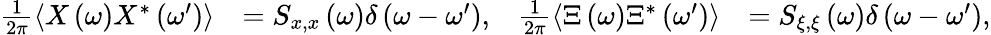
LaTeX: \begin{array}{rlrl}{\frac{1}{2\pi}\left\langle X\left(\omega\right)X^{*}\left(\omega^{\prime}\right)\right\rangle}&{=S_{x,x}\left(\omega\right)\delta\left(\omega-\omega^{\prime}\right),}&{\frac{1}{2\pi}\left\langle\Xi\left(\omega\right)\Xi^{*}\left(\omega^{\prime}\right)\right\rangle}&{=S_{\xi,\xi}\left(\omega\right)\delta\left(\omega-\omega^{\prime}\right),}\end{array}